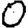
Digit: 0